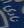
نارك